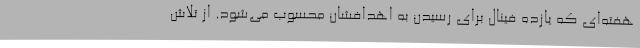
هفته‌ای که یازده فینال برای رسیدن به اهدافشان محسوب می‌شود. از تلاش